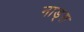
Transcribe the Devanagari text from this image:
नाड्स